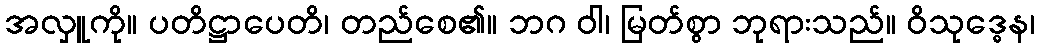
အလှူကို။ ပတိဋ္ဌာပေတိ၊ တည်စေ၏။ ဘဂ ဝါ၊ မြတ်စွာ ဘုရားသည်။ ဝိသုဒ္ဓေန၊